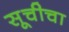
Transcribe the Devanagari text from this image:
सूचीचा